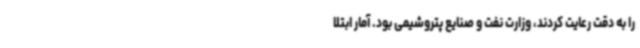
را به دقت رعایت کردند، وزارت نفت و صنایع پتروشیمی بود. آمار ابتلا